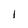
Character: I